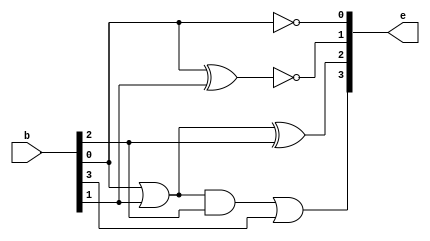
module BCD_to_Excess3(e,b);
input [3:0]b;
output [3:0]e;
wire w0,w1;

not(e[0],b[0]);
xnor(e[1],b[0],b[1]);
or(w0,b[0],b[1]);
xor(e[2],w0,b[2]);
and(w1,w0,b[2]);
or(e[3],w1,b[3]);
endmodule
module BCD_to_Excess3_tb;
reg [3:0]b;
wire [3:0]e;
BCD_to_Excess3 bcd_to_e3(e,b);
initial begin 
b=4'b0000; #50;
b=4'b0001; #50;
b=4'b0010; #50;
b=4'b0011; #50;
b=4'b0100; #50;
b=4'b0101; #50;
b=4'b0110; #50;
b=4'b0111; #50;
b=4'b1000; #50;
b=4'b1001; #50;
end endmodule